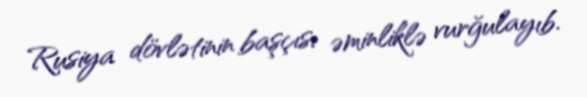
Rusiya dövlətinin başçısı əminliklə vurğulayıb.